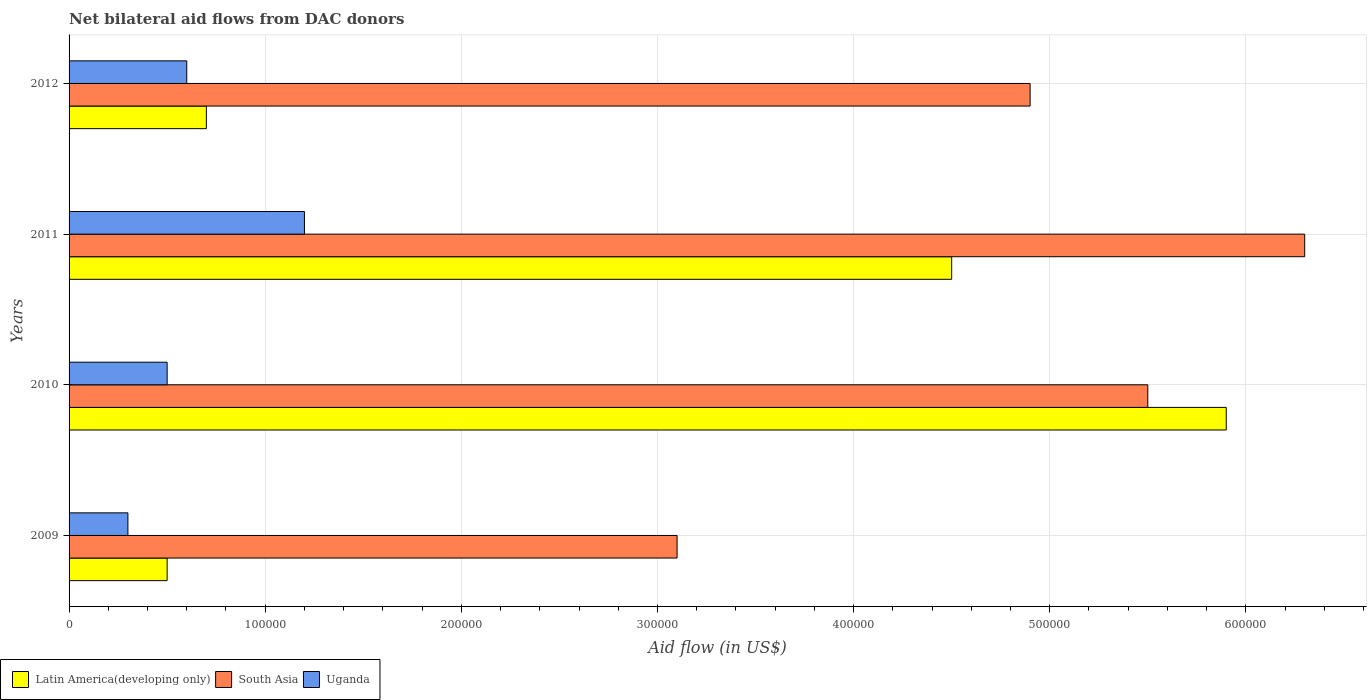
| Years | Latin America(developing only) | South Asia | Uganda |
 | --- | --- | --- | --- |
 | 2009 | 5e+04 | 3.1e+05 | 3e+04 |
 | 2010 | 5.9e+05 | 5.5e+05 | 5e+04 |
 | 2011 | 4.5e+05 | 6.3e+05 | 1.2e+05 |
 | 2012 | 7e+04 | 4.9e+05 | 6e+04 |